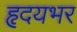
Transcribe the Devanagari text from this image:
हृदयभर